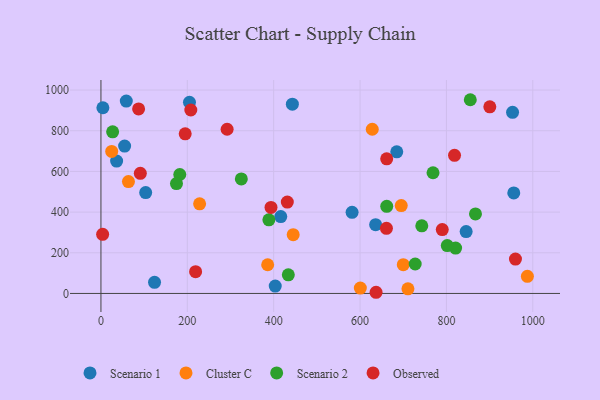
{"axis": {"x": "Price", "y": "Rating"}, "legend": ["Cluster C", "Observed", "Scenario 1", "Scenario 2"], "data": [{"x": "953.2", "y": 890.6, "type": "Scenario 1"}, {"x": "443.3", "y": 930.4, "type": "Scenario 1"}, {"x": "581.6", "y": 398.9, "type": "Scenario 1"}, {"x": "845.7", "y": 304.0, "type": "Scenario 1"}, {"x": "403.6", "y": 36.2, "type": "Scenario 1"}, {"x": "124.1", "y": 54.7, "type": "Scenario 1"}, {"x": "205.0", "y": 940.0, "type": "Scenario 1"}, {"x": "36.3", "y": 651.1, "type": "Scenario 1"}, {"x": "636.1", "y": 338.4, "type": "Scenario 1"}, {"x": "4.5", "y": 913.1, "type": "Scenario 1"}, {"x": "416.4", "y": 377.8, "type": "Scenario 1"}, {"x": "54.8", "y": 724.6, "type": "Scenario 1"}, {"x": "685.0", "y": 696.5, "type": "Scenario 1"}, {"x": "58.7", "y": 945.7, "type": "Scenario 1"}, {"x": "956.0", "y": 494.1, "type": "Scenario 1"}, {"x": "103.6", "y": 496.2, "type": "Scenario 1"}, {"x": "445.2", "y": 288.9, "type": "Cluster C"}, {"x": "987.5", "y": 84.1, "type": "Cluster C"}, {"x": "63.7", "y": 549.9, "type": "Cluster C"}, {"x": "228.5", "y": 440.9, "type": "Cluster C"}, {"x": "628.3", "y": 807.4, "type": "Cluster C"}, {"x": "386.1", "y": 141.1, "type": "Cluster C"}, {"x": "24.9", "y": 698.4, "type": "Cluster C"}, {"x": "695.4", "y": 432.1, "type": "Cluster C"}, {"x": "700.1", "y": 141.5, "type": "Cluster C"}, {"x": "710.9", "y": 23.0, "type": "Cluster C"}, {"x": "600.7", "y": 26.4, "type": "Cluster C"}, {"x": "769.0", "y": 593.4, "type": "Scenario 2"}, {"x": "325.1", "y": 563.0, "type": "Scenario 2"}, {"x": "855.3", "y": 952.5, "type": "Scenario 2"}, {"x": "743.0", "y": 332.7, "type": "Scenario 2"}, {"x": "27.1", "y": 794.9, "type": "Scenario 2"}, {"x": "821.3", "y": 223.1, "type": "Scenario 2"}, {"x": "388.9", "y": 361.9, "type": "Scenario 2"}, {"x": "182.6", "y": 584.9, "type": "Scenario 2"}, {"x": "867.3", "y": 391.2, "type": "Scenario 2"}, {"x": "661.8", "y": 428.6, "type": "Scenario 2"}, {"x": "727.7", "y": 144.7, "type": "Scenario 2"}, {"x": "802.0", "y": 235.3, "type": "Scenario 2"}, {"x": "174.9", "y": 540.4, "type": "Scenario 2"}, {"x": "433.9", "y": 91.6, "type": "Scenario 2"}, {"x": "431.6", "y": 449.3, "type": "Observed"}, {"x": "3.9", "y": 290.5, "type": "Observed"}, {"x": "87.2", "y": 907.5, "type": "Observed"}, {"x": "195.1", "y": 784.7, "type": "Observed"}, {"x": "219.2", "y": 107.0, "type": "Observed"}, {"x": "900.5", "y": 917.6, "type": "Observed"}, {"x": "393.8", "y": 423.1, "type": "Observed"}, {"x": "292.2", "y": 807.3, "type": "Observed"}, {"x": "637.1", "y": 5.8, "type": "Observed"}, {"x": "818.8", "y": 679.1, "type": "Observed"}, {"x": "661.7", "y": 661.9, "type": "Observed"}, {"x": "91.2", "y": 590.6, "type": "Observed"}, {"x": "790.4", "y": 314.3, "type": "Observed"}, {"x": "661.1", "y": 320.0, "type": "Observed"}, {"x": "959.9", "y": 169.0, "type": "Observed"}, {"x": "208.1", "y": 902.1, "type": "Observed"}]}